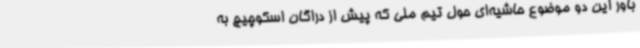
باور این دو موضوع حاشیه‌ای حول تیم ملی که پیش از دراگان اسکوچیچ به